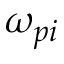
\omega _ { p i }